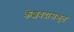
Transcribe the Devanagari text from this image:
केशवदासकृत